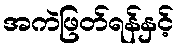
အကဲဖြတ်ရန်နှင့်